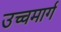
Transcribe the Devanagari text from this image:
उच्चमार्ग